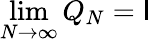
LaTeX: \operatorname*{lim}_{N\to\infty}Q_{N}=\mathsf{I}